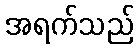
အရက်သည်